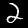
Digit: 2